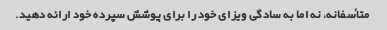
متأسفانه، نه اما به سادگی ویزای خود را برای پوشش سپرده خود ارائه دهید.